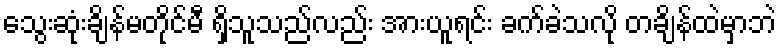
သွေးဆုံးချိန်မတိုင်မီ ရှိသူသည်လည်း အားယူရင်း ခက်ခဲသလို တချိန်ထဲမှာဘဲ